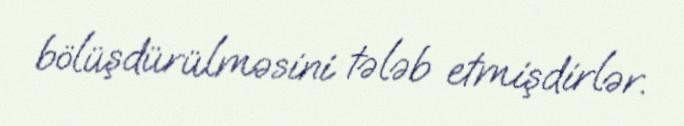
bölüşdürülməsini tələb etmişdirlər.